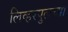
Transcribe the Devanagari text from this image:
लिव्हरपुलच्या